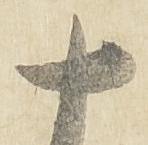
十